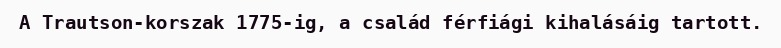
A Trautson-korszak 1775-ig, a család férfiági kihalásáig tartott.